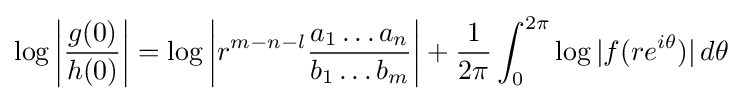
\log \left|{\frac {g(0)}{h(0)}}\right|=\log \left|r^{m-n-l}{\frac {a_{1}\ldots a_{n}}{b_{1}\ldots b_{m}}}\right|+{\frac {1}{2\pi }}\int _{0}^{2\pi }\log |f(re^{i\theta })|\,d\theta